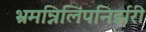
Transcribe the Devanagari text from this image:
भ्रमन्निलिंपनिर्झरी